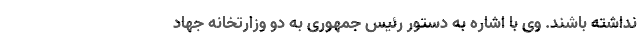
نداشته باشند. وی با اشاره به دستور رئیس جمهوری به دو وزارتخانه جهاد